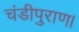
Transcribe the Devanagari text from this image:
चंडीपुराण।